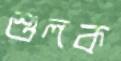
শুলক